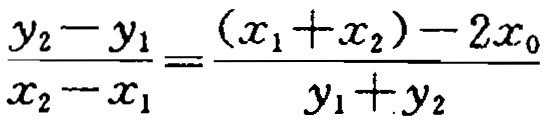
\(\frac{y_{2}-y_{1}}{x_{2}-x_{1}}=\frac{(x_{1}+x_{2})-2x_{0}}{y_{1}+y_{2}}\)